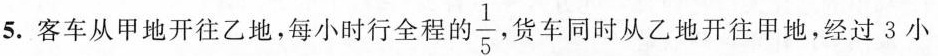
5.客车从甲地开往乙地，每小时行全程的\frac{1}{5}，货车同时从乙地开往甲地，经过3小